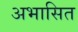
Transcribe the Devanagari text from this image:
अभासित